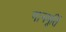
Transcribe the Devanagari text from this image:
गानमूर्ति